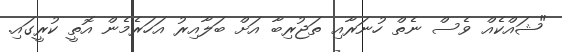
"ޝައްކެއް ވެސް ނެތް ހުނަރާއި ތަޖުރިބާ އަށް ބަލާއިރު އަހަރެމެން އޮތީ ކުރީގައި.